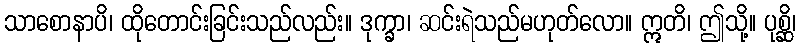
သာစောနာပိ၊ ထိုတောင်းခြင်းသည်လည်း။ ဒုက္ခာ၊ ဆင်းရဲသည်မဟုတ်လော။ ဣတိ၊ ဤသို့။ ပုစ္ဆိ၊